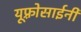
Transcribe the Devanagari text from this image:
यूफ़्रोसाईनी